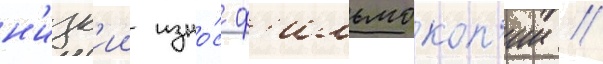
н'изк'ии изно́с ф'ильмокоп'ии //